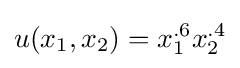
u(x_{1},x_{2})=x_{1}^{.6}x_{2}^{.4}